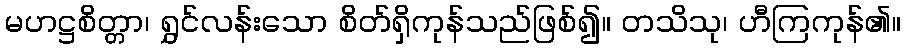
မဟဋ္ဌစိတ္တာ၊ ရွှင်လန်းသော စိတ်ရှိကုန်သည်ဖြစ်၍။ တသိသု၊ ဟီကြကုန်၏။